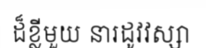
ដ៏ខ្លីមួយ នារដូវវស្សា